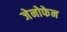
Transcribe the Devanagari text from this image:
जेनोफेन